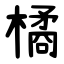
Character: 橘